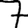
Digit: 7